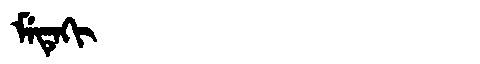
Manchu: ᠮᡝᡨᡝᡴᡳ
Romanization: METEKI